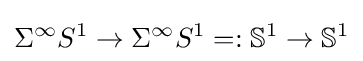
\Sigma ^{\infty }S^{1}\to \Sigma ^{\infty }S^{1}=:\mathbb {S} ^{1}\to \mathbb {S} ^{1}